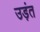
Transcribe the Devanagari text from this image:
उड़ंत